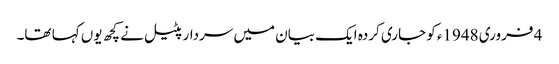
4 فروری 1948ء کو جاری کردہ ایک بیان میں سردار پٹیل نے کچھ یوں کہا تھا۔